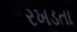
રખડતા